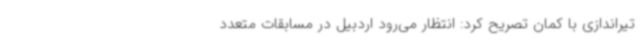
تیراندازی با کمان تصریح کرد: انتظار می‌رود اردبیل در مسابقات متعدد